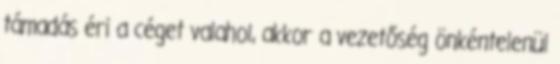
támadás éri a céget valahol, akkor a vezetőség önkéntelenül